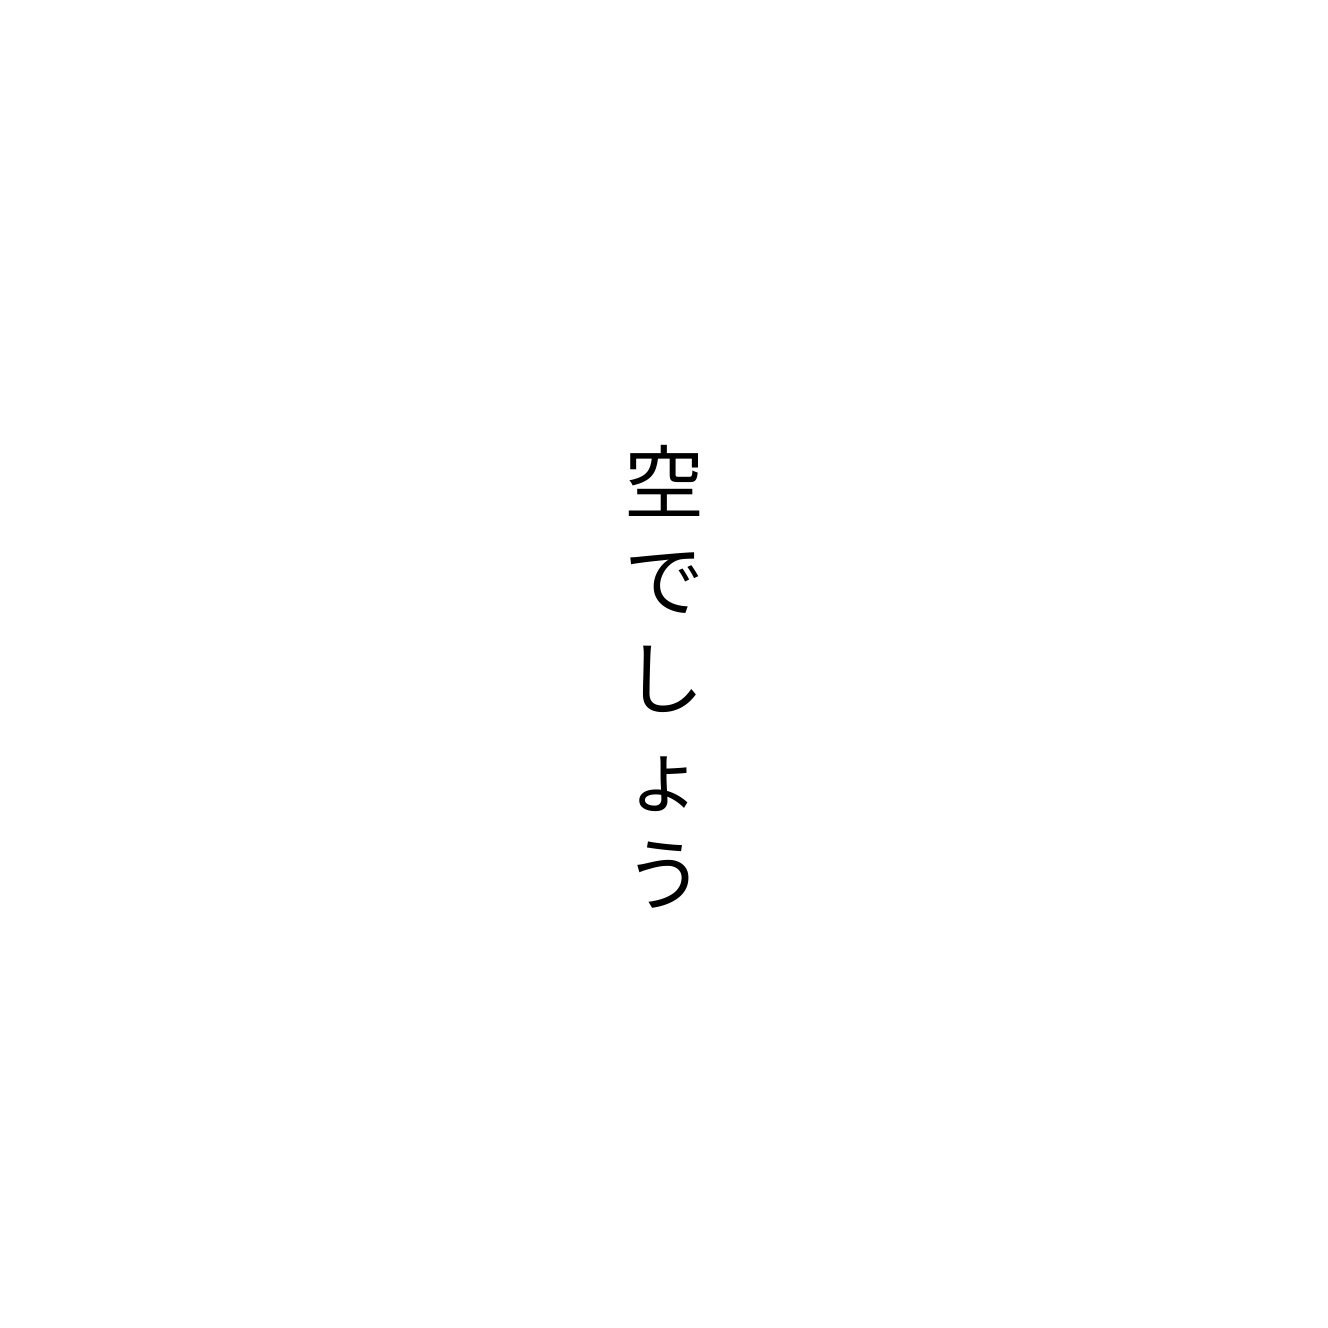
空でしょう